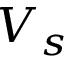
V _ { s }